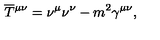
\overline { T } { ^ { \mu \nu } } = \nu ^ { \mu } \nu ^ { \nu } - m ^ { 2 } \gamma ^ { \mu \nu } ,